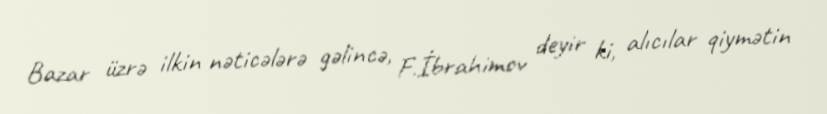
Bazar üzrə ilkin nəticələrə gəlincə, F.İbrahimov deyir ki, alıcılar qiymətin